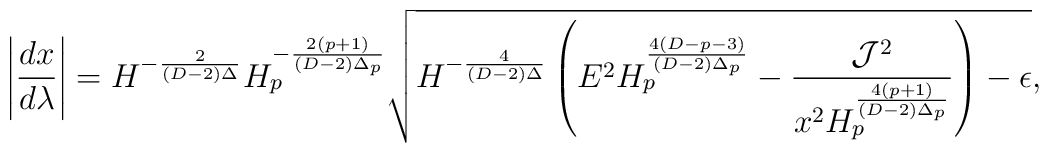
\left|{{dx}\over{d\lambda}}\right|=H^{-{2\over{(D-2)\Delta}}}H^{-{{2(p+1)}\over{(D-2)\Delta_p}}}_p\sqrt{H^{-{4\over{(D-2)\Delta}}}\left(E^2H^{{4(D-p-3)}\over{(D-2)\Delta_p}}_p-{{{\cal J}^2}\over{x^2H^{{4(p+1)}\over{(D-2)\Delta_p}}_p}}\right)-\epsilon},